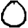
Digit: 0